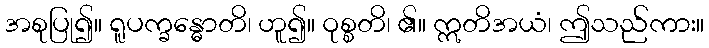
အစုပြု၍။ ရူပက္ခန္ဓောတိ၊ ဟူ၍။ ဝုစ္စတိ၊ ၏။ ဣတိအယံ၊ ဤသည်ကား။